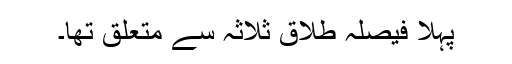
پہلا فیصلہ طلاق ثلاثہ سے متعلق تھا۔